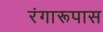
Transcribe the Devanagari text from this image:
रंगारूपास